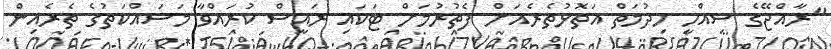
"ރާއްޖޭގެ ސިއްހީ ހިދުމަތް އަތޮޅުތެރެއަށް ފެތުރުމަށް ޓަކައި ރައީސް ކުރައްވާ މަސައްކަތުގެ ތެރެއިން